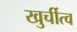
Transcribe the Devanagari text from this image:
खुर्चीत्व